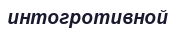
интогротивной